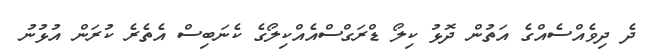
ދެ ދިވެއްސެއްގެ އަތުން ދޮޅު ކިލޯ ޑްރަގްސްއެއްކިލޯގެ ކެނަބިސް އެތެރެ ކުރަން އުޅުނު